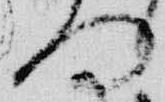
何